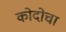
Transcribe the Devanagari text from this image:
कोदोचा